Annual report on the working of the lock hospitals in the North-Western Provinces and Oudh
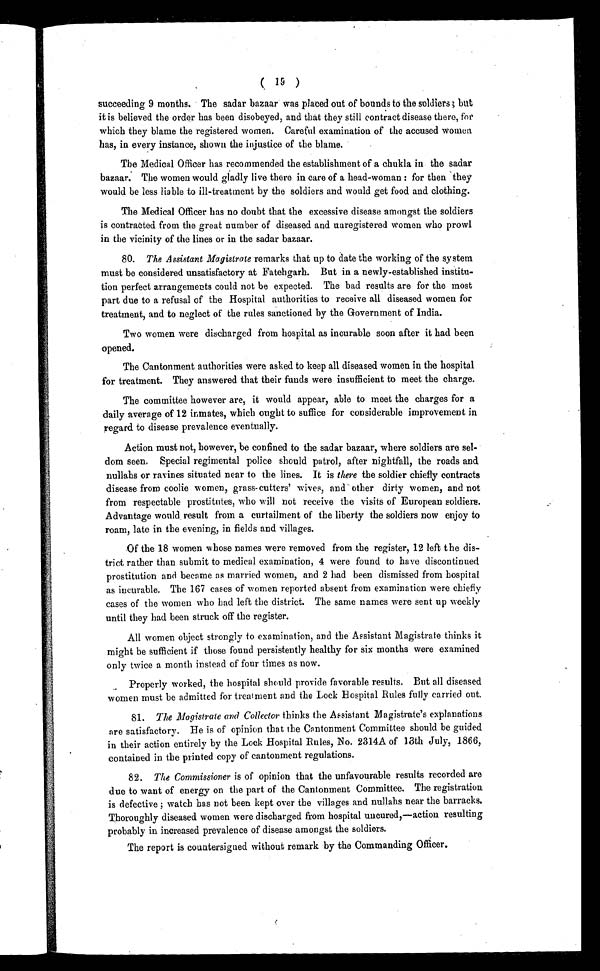
( 19 )
succeeding 9 months. The sadar bazaar was placed out of bounds to the soldiers; but
it is believed the order has been disobeyed, and that they still contract disease there, foe
which they blame the registered women. Careful examination of the accused women
has, in every instance, shown the injustice of the blame.
The Medical Officer has recommended the establishment of a chukla in the sadar
bazaar. The women would gladly live there in care of a head-woman : for then they
would be less liable to ill-treatment by the soldiers and would get food and clothing.
The Medical Officer has no doubt that the excessive disease amongst the soldiers
is contracted from the great number of diseased and uaregistered women who prowl
in the vicinity of the lines or in the sadar bazaar.
80. The Assistant Magistrate remarks that up to date the working of the system
must be considered unsatisfactory at Fatehgarh. But in a newly-established institu-
tion perfect arrangements could not be expected. The bad results are for the most
part due to a refusal of the Hospital authorities to receive all diseased women for
treatment, and to neglect of the rules sanctioned by the Government of India.
Two women were discharged from hospital as incurable soon after it had been
opened.
The Cantonment authorities were asked to keep all diseased women in the hospital
for treatment. They answered that their funds were insufficient to meet the charge.
The committee however are, it would appear, able to meet the charges for a
daily average of 12 inmates, which ought to suffice for considerable improvement in
regard to disease prevalence eventually.
Action must not, however, be confined to the sadar bazaar, where soldiers are sel-
dom seen. Special regimental police should patrol, after nightfall, the roads and
nullabs or ravines situated near to the lines. It is there the soldier chiefly contracts
disease from coolie women, grass-cutters' wives, and other dirty women, and not
from respectable prostitutes, who will not receive the visits of European soldiers.
Advantage would , result from a curtailment of the liberty the soldiers now enjoy to
roam, late in the evening, in fields and villages.
Of the 18 women whose names were removed from the register, 12 left the dis-
trict rather than submit to medical examination, 4 were found to have discontinued
prostitution and became as married women, and 2 had been dismissed from hospital
as incurable. The 167 cases of women reported absent from examination were chiefly
cases of the women who bad left the district. The same names were sent up weekly
until they had been struck off the register.
All women object strongly to examination, and the Assistant Magistrate thinks it
might be sufficient if those found persistently healthy for six months were examined
only twice a month instead of four times as now.
Properly worked, the hospital should provide favorable results. But all diseased
women must be admitted for treatment and the Lock Hospital Rules fully carried out.
81.
The Magistrate and Collector thinks the Assistant Magistrate's explanations
are satisfactory. He is of opinion that the Cantonment Committee should be guided
in their action entirely by the Lock Hospital Rules, No. 2314A of 13th July, 1866,
contained in the printed copy of cantonment regulations.
82. The Commissioner is of opinion that the unfavourable results recorded are
due to want of energy on the part of the Cantonment Committee. The registration
is defective ; watch has not been kept over the villages and nullahs near the barracks.
Thoroughly diseased women were discharged from hospital uucured,—action resulting
probably in increased prevalence of disease amongst the soldiers.
The report is countersigned without remark by the Commanding Officer.